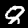
Digit: 8